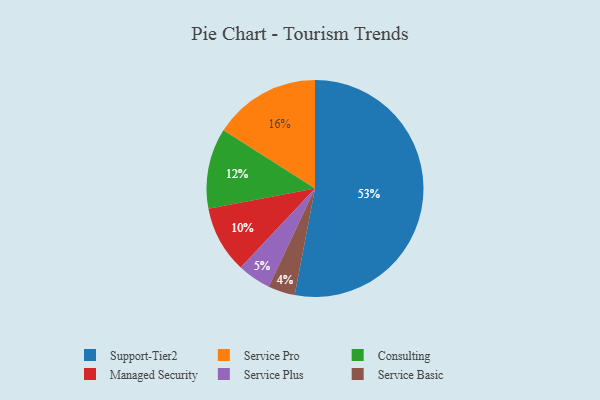
{"axis": {"x": "Category", "y": "Percentage"}, "legend": ["Consulting", "Managed Security", "Service Basic", "Service Plus", "Service Pro", "Support-Tier2"], "data": [{"x": "Managed Security", "y": 10, "type": "Managed Security"}, {"x": "Consulting", "y": 12, "type": "Consulting"}, {"x": "Support-Tier2", "y": 53, "type": "Support-Tier2"}, {"x": "Service Pro", "y": 16, "type": "Service Pro"}, {"x": "Service Basic", "y": 4, "type": "Service Basic"}, {"x": "Service Plus", "y": 5, "type": "Service Plus"}]}